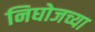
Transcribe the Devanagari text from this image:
निघोजच्या